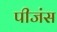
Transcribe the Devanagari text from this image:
पीजंस